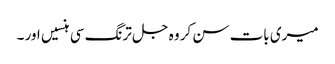
میری بات سن کر وہ جل ترنگ سی ہنسیں اور ۔